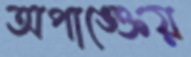
অপাঙ্ক্তেয়